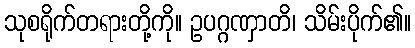
သုစရိုက်တရားတို့ကို။ ဥပဂ္ဂဏှာတိ၊ သိမ်းပိုက်၏။